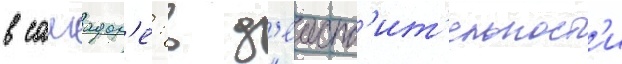
в салвадор'е: в д'еиств'ит'ельност'и